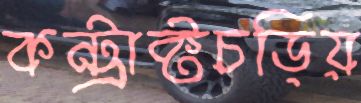
কন্ট্রাক্টচড়িয়